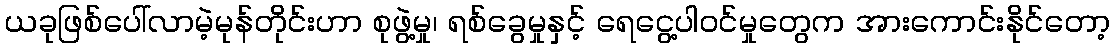
ယခုဖြစ်ပေါ်လာမဲ့မုန်တိုင်းဟာ စုဖွဲ့မှု၊ ရစ်ခွေမှုနှင့် ရေငွေ့ပါဝင်မှုတွေက အားကောင်းနိုင်တော့